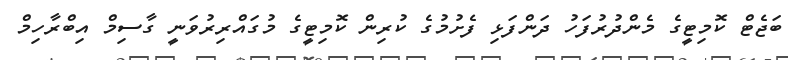
ބަޖެޓް ކޮމިޓީގެ މެންދުރުފަހު ދަންފަޅި ފެށުމުގެ ކުރިން ކޮމިޓީގެ މުގައްރިރުވަނީ ގާސިމް އިބްރާހިމް